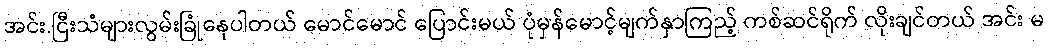
အင်း.ငြီးသံများလွမ်းခြုံနေပါတယ် မောင်မောင် ပြောင်းမယ် ပုံမှန်မောင့်မျက်နှာကြည့် ကစ်ဆင်ရိုက် လိုးချင်တယ် အင်း မ